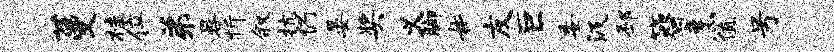
蔓桂位弟晷忻叙抗仍晏奖义脚#友巨委汲邳簪烹值号